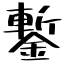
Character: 鏨